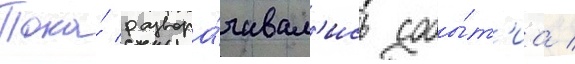
Пока́ развора́чивал'ись собы́т'иа /